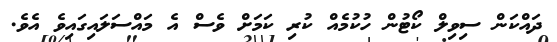
ދައްކަން ސިވިލް ކޯޓުން ހުކުމެއް ކުރި ކަމަށް ވެސް އެ މައްސަލައިގައިވެ އެވެ.